38_143685_box_Incident_Summaries_101-172
Agency: Department of War
Page 107
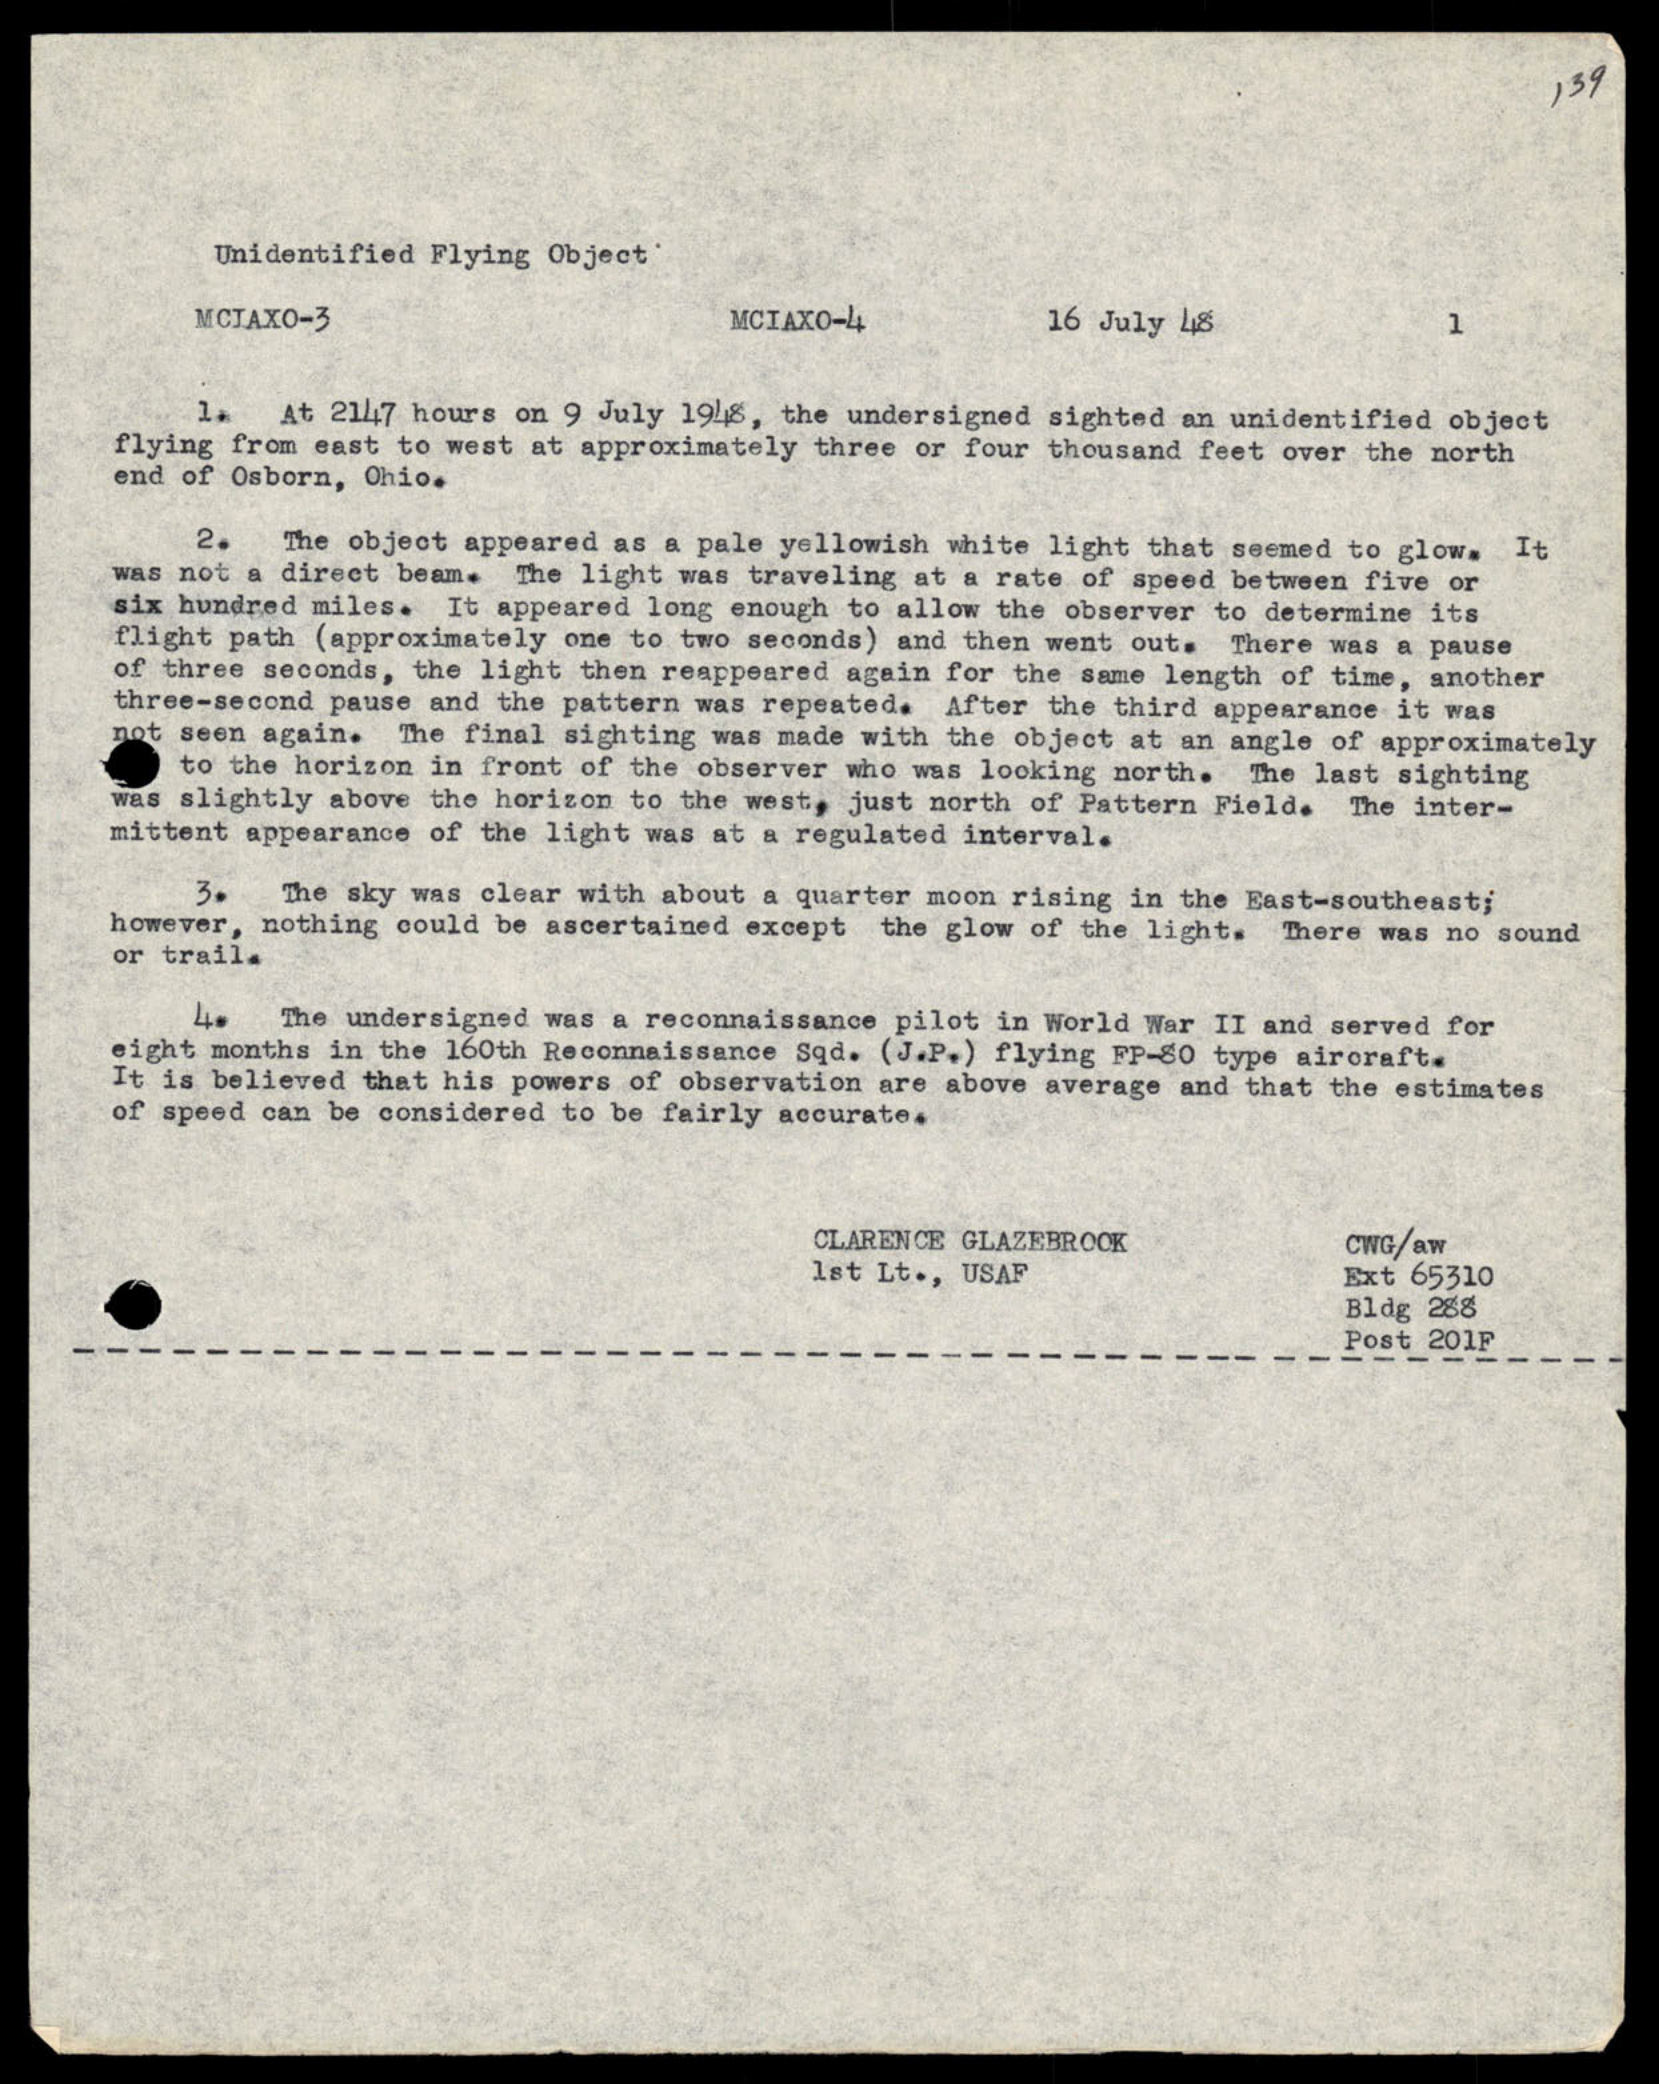